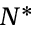
N ^ { \ast }